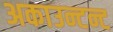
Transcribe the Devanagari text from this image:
अकाउन्टन्ट